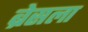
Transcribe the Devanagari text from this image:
ब्रेसला